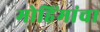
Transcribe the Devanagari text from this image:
मोहिंमांचा